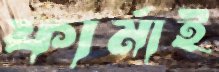
ফার্মাই